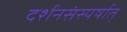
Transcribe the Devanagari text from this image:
दर्शनसंस्पर्षात्